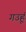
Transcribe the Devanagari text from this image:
गउहूं